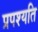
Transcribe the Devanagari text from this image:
प्रपश्यति